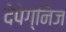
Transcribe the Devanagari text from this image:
देपेग्निज